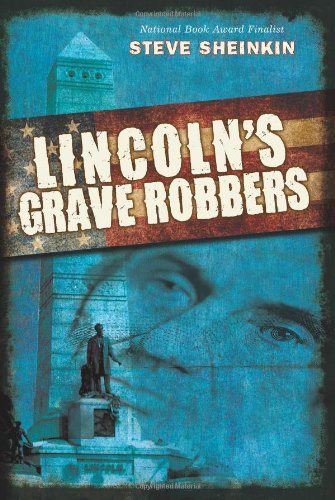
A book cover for Lincoln's Grave Robbers; Steve Sheinkin; Children's Books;